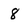
Character: 8